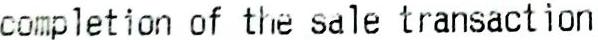
COMPLETION OF THE SALE TRANSACTION